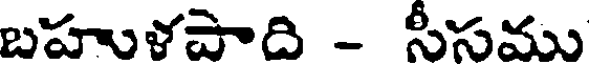
బహుళపాది - సీసము